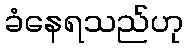
ခံနေရသည်ဟု